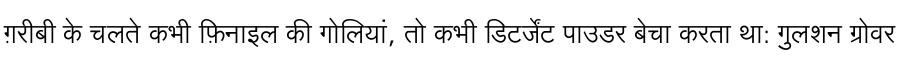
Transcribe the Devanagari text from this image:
ग़रीबी के चलते कभी फ़िनाइल की गोलियां, तो कभी डिटर्जेंट पाउडर बेचा करता था: गुलशन ग्रोवर